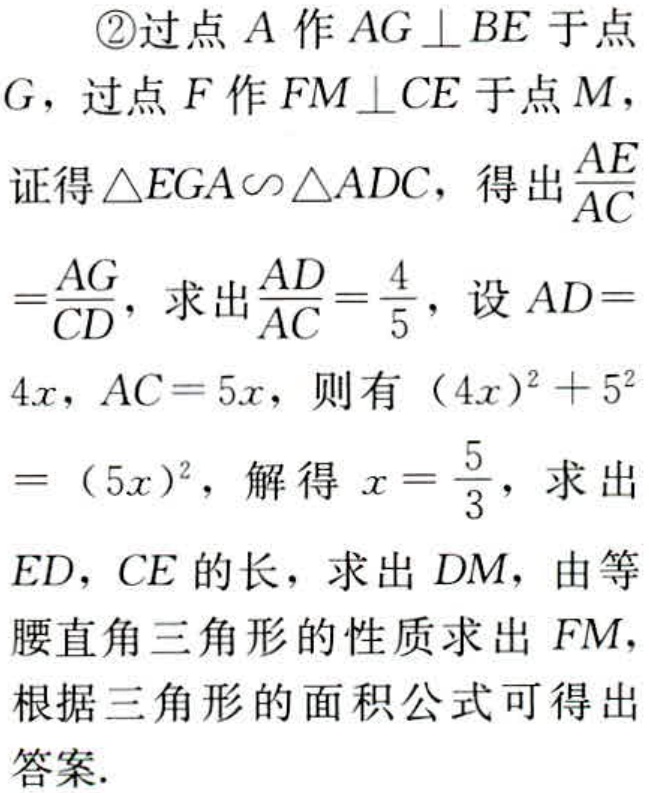
\textcircled{2}过点\(A\)作\(AG \perp BE\)于点\(G\)，过点\(F\)作\(FM \perp CE\)于点\(M\)，
证得\(\triangle EGA\sim\triangle ADC\)，得出\(\frac{AE}{AC}=\frac{AG}{CD}\)，求出\(\frac{AD}{AC}=\frac{4}{5}\)，设\(AD = 4x\)，\(AC = 5x\)，则有\((4x)^{2}+5^{2}=(5x)^{2}\)，解得\(x = \frac{5}{3}\)，求出\(ED\)，\(CE\)的长，求出\(DM\)，由等腰直角三角形的性质求出\(FM\)，根据三角形的面积公式可得出答案.